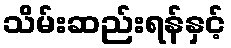
သိမ်းဆည်းရန်နှင့်